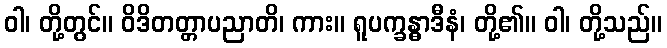
ဝါ၊ တို့တွင်။ ဝိဒိတတ္တာပညာတိ၊ ကား။ ရူပက္ခန္ဓာဒီနံ၊ တို့၏။ ဝါ၊ တို့သည်။